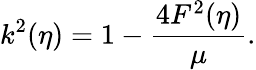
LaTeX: k^{2}(\eta)=1-\frac{4F^{2}(\eta)}{\mu}.